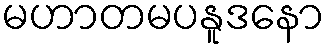
မဟာတမပနူဒနော